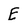
Character: E